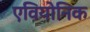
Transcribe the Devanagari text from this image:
एवियोनिक